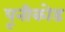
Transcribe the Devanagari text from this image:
पूनीकोड